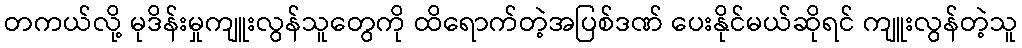
တကယ်လို့ မုဒိန်းမှုကျူးလွန်သူတွေကို ထိရောက်တဲ့အပြစ်ဒဏ် ပေးနိုင်မယ်ဆိုရင် ကျူးလွန်တဲ့သူ